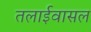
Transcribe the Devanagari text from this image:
तलाईवासल